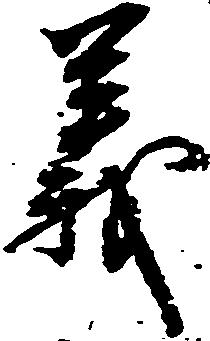
義